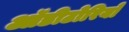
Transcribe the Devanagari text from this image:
ऑडीटोरियो